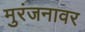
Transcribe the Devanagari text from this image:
मुरंजनावर